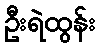
ဦးရဲထွန်း